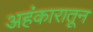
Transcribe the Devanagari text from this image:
अहंकारातून